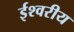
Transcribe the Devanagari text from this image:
र्इश्वरीय